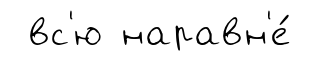
вс'ю наравн'е́